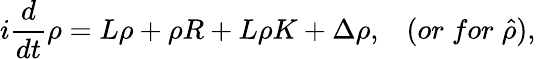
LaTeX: i{\frac{d}{dt}}\rho=L\rho+\rho R+L\rho K+\Delta\rho,\; \; \; (or\; for\; \hat{\rho}),